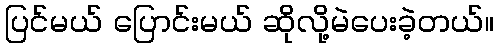
ပြင်မယ် ပြောင်းမယ် ဆိုလို့မဲပေးခဲ့တယ်။